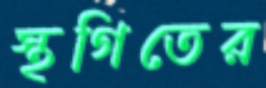
স্থগিতের